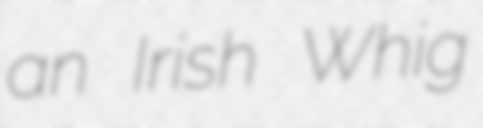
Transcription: an Irish Whig